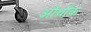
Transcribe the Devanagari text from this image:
ओर्थांक